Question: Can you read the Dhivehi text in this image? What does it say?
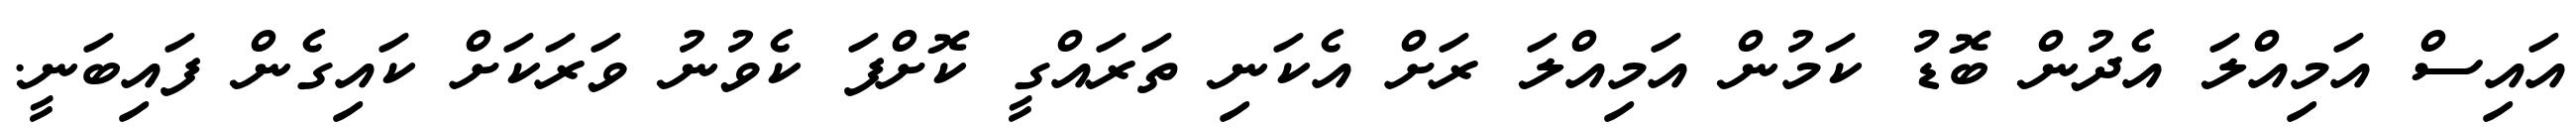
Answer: އައިސް އަމިއްލަ އެދުން ބޮޑު ކަމުން އަމިއްލަ ރަށް އެކަނި ތަރައްގީ ކޮށްފަ ކެވުނު ވަރަކަށް ކައިގެން ފައިބަނީ.